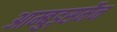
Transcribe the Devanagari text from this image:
आम्बुड्समैन